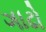
ગાઢો